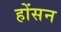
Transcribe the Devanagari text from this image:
होंसन